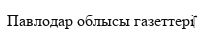
Павлодар облысы газеттері‎